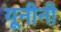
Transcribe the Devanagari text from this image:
यूनीनी